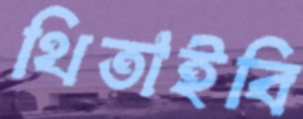
থিতাইবি